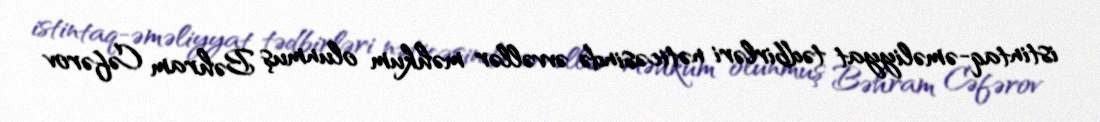
istintaq-əməliyyat tədbirləri nəticəsində əvvəllər məhkum olunmuş Bəhram Cəfərov